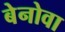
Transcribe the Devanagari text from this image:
बेनोवा